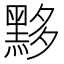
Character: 黟